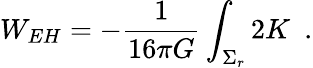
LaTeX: W_{EH}=-{\frac{1}{16\pi G}}\int_{\Sigma_{r}}2K~~.